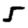
Digit: 5